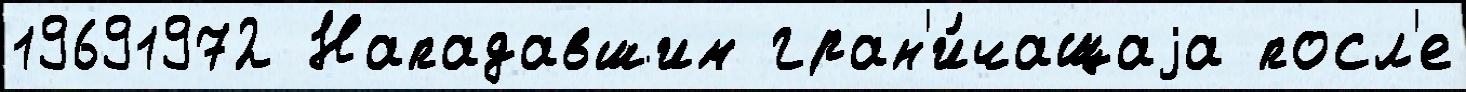
19691972 Нападавшим гран'и́чащаjа посл'е